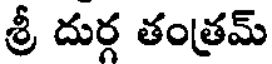
శ్రీ దుర్గ తంత్రమ్